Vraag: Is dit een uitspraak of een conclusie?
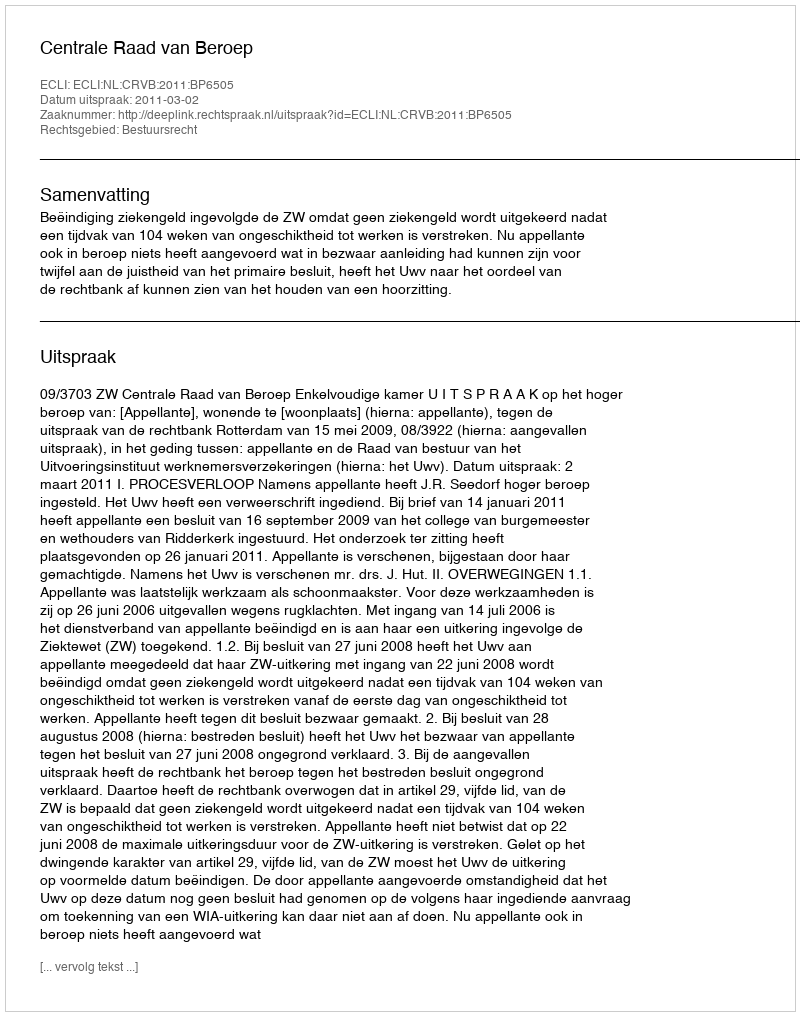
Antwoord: Uitspraak